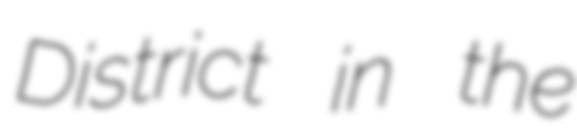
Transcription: District in the